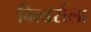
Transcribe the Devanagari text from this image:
बिल्डर्सला